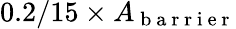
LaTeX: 0.2/15\times A_{\mathrm{~b~a~r~r~i~e~r~}}